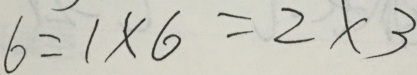
6 = 1 \times 6 = 2 \times 3